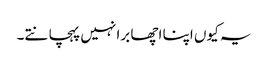
یہ کیوں اپنا اچھا برا نہیں پہچانتے۔